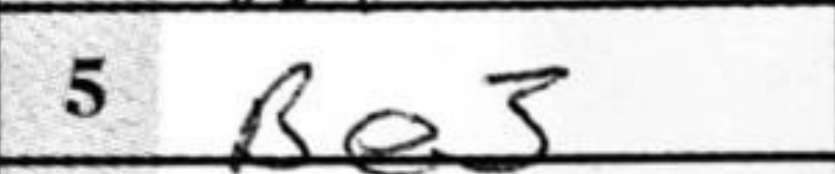
Transcription: Be3